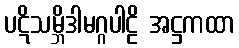
ပဋိသမ္ဘိဒါမဂ္ဂပါဠိ အဋ္ဌကထာ